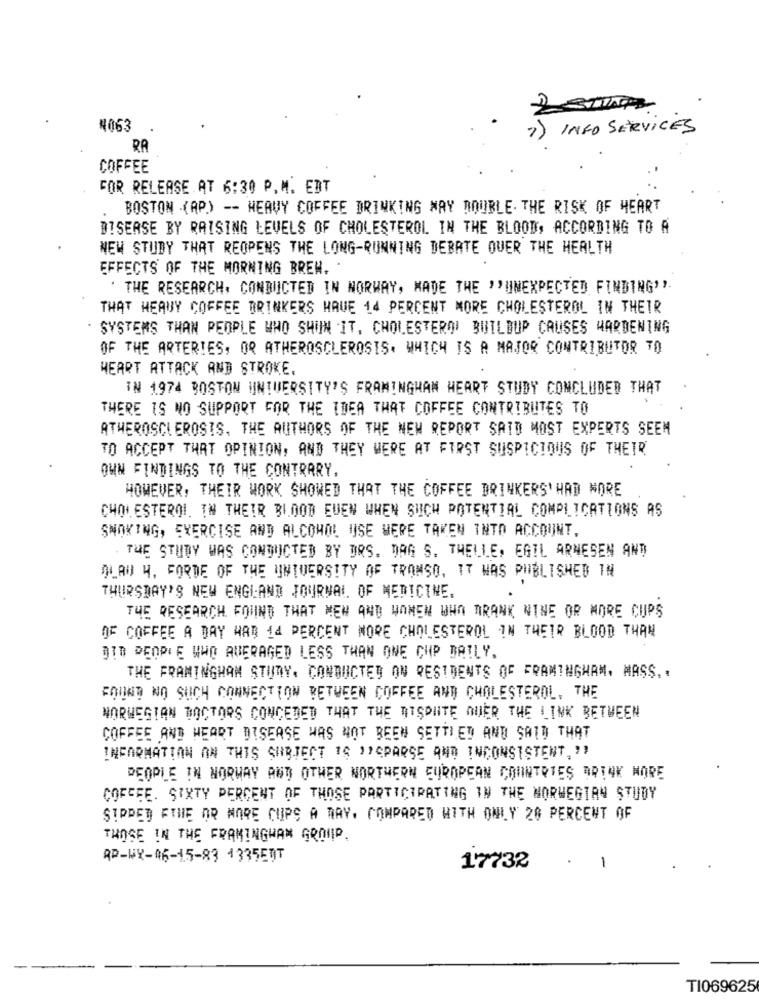
2 STAPR
N063
7) INFO SERVICES
RA
COFFEE
FOR RELEASE AT 6:30 P.M. ERT
BOSTON (AP) -- HEAVY COFFEE DRINKING WAY DOUBLE. THE RISK OF HEART
DISEASE BY RAISING LEVELS OF CHOLESTEROL IN THE BLOOD, ACCORDING TO A
NEW STUDY THAT REOPENS THE LONG-RUNNING DEBATE OVER THE HEALTH
EFFECTS OF THE MORNING BREW.
THE RESEARCH, CONDUCTED IN NORWAY, MADE THE ""UNEXPECTED FINDING'"
THAT HEAUY COFFEE DRINKERS HAVE 14 PERCENT MORE CHOLESTEROL IN THEIR
SYSTEMS THAN PEOPLE WHO SHUN IT, CHOLESTERO' BUILDUP CAUSES HARDENING
OF THE ARTERIES, OR ATHEROSCLEROSIS. WHICH IS A MAJOR CONTRIBUTOR TO
HEART ATTACK AND STROKE.
IN 1974 BOSTON UNIVERSITY'S FRAMINGHAM HEART STUDY CONCLUDED THAT
THERE IS NO SUPPORT FOR THE IDEA THAT COFFEE CONTRIBUTES TO
ATHEROSCLEROSIS, THE AUTHORS OF THE NEW REPORT SAID MOST EXPERTS SEEM
TO ACCEPT THAT OPINION, AND THEY WERE AT FIRST SUSPICIOUS OF THEIR
OWN FINDINGS TO THE CONTRARY.
HOWEVER, THEIR WORK SHOWED THAT THE COFFEE DRINKERS'HAD MORE
CHOLESTEROL. IN THEIR BLOOD EVEN WHEN SUCH POTENTIAL COMPLICATIONS AS
SMOKING, EXERCISE AND ALCOHOL USE WERE TAKEN INTO ACCOUNT,
THE STUDY WAS CONDUCTED BY DRS. DAG S. THELLE, EGIL ARNESEN AND
BLAU H. FORDE OF THE UNIVERSITY OF TROMSO, IT WAS PUBLISHED IN
THURSDAY'S NEW ENGLAND JOURNAL OF MEDICINE.
THE RESEARCH FOUND THAT MEN AND WOMEN WHO DRANK NINE OR MORE CUPS
DE COFFEE A DAY WAS 44 PERCENT MORE CHOLESTEROL IN THEIR BLOOD THAN
DID PEOPLE WHO AVERAGED LESS THAN ONE CHP BAILY.
THE FRAMINGHAM STUDY. CONDUCTED ON RESIDENTS OF FRAMINGHAM. MASS ..
FOUND NO SUCH CONNECTION BETWEEN COFFEE AND CHOLESTEROL, THE
NORWEGIAN DOCTORS CONCEDED THAT THE DISPUTE QUER THE LINK BETWEEN
COFFEE AND HEART DISEASE WAS NOT BEEN SETTLED AND SAID THAT
INFORMATION ON THIS SUBJECT 16 )'SPARSE AND INCONSISTENT, "!
PEOPLE IN NORWAY AND OTHER NORTHERN EUROPEAN COUNTRIES DRINK MORE
COFFEE. SIXTY PERCENT OF THOSE PARTICIPATING IN THE NORWEGIAN STUDY
SIRDET FTHE OR MORE CUPS A WAY. COMPARED WITH ONLY 20 PERCENT OF
THOSE IN THE FRAMINGHAM GROUP.
AP-WY-06-15-83 4335597
17732
-
TI069625